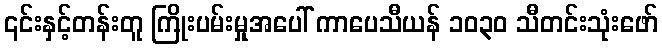
၎င်းနှင့်တန်းတူ ကြိုးပမ်းမှုအပေါ် ကာပေသီယန် ၁၀၃၀ သီတင်းသုံးဖော်